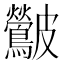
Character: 𮭛